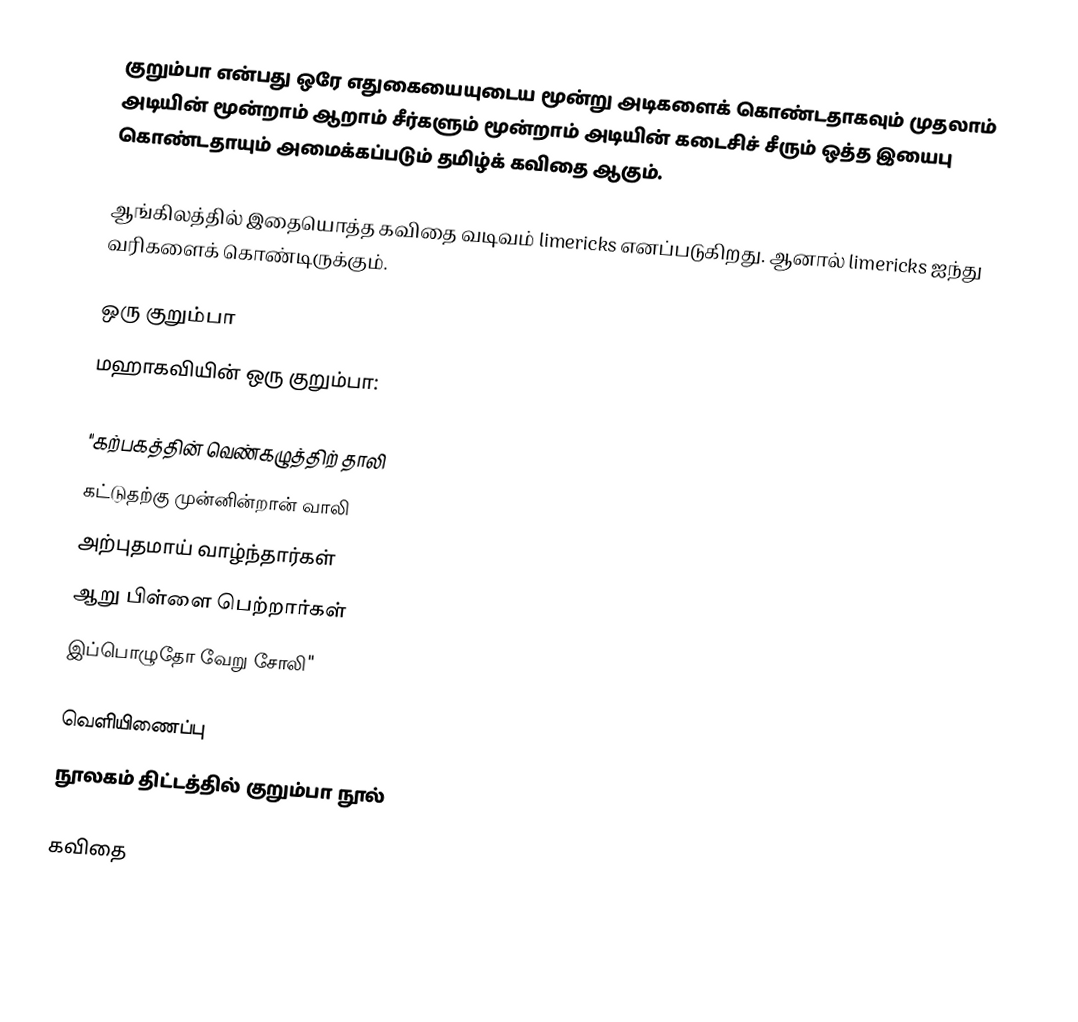
குறும்பா என்பது ஒரே எதுகையையுடைய மூன்று அடிகளைக் கொண்டதாகவும் முதலாம் அடியின் மூன்றாம் ஆறாம் சீர்களும் மூன்றாம் அடியின் கடைசிச் சீரும் ஒத்த இயைபு கொண்டதாயும் அமைக்கப்படும் தமிழ்க் கவிதை ஆகும்.

ஆங்கிலத்தில் இதையொத்த கவிதை வடிவம் limericks எனப்படுகிறது. ஆனால் limericks ஐந்து வரிகளைக் கொண்டிருக்கும்.

ஒரு குறும்பா
மஹாகவியின் ஒரு குறும்பா:

"கற்பகத்தின் வெண்கழுத்திற் தாலி
கட்டுதற்கு முன்னின்றான் வாலி
அற்புதமாய் வாழ்ந்தார்கள்
ஆறு பிள்ளை பெற்றார்கள்
இப்பொழுதோ வேறு சோலி"

வெளியிணைப்பு
நூலகம் திட்டத்தில் குறும்பா நூல்

கவிதை